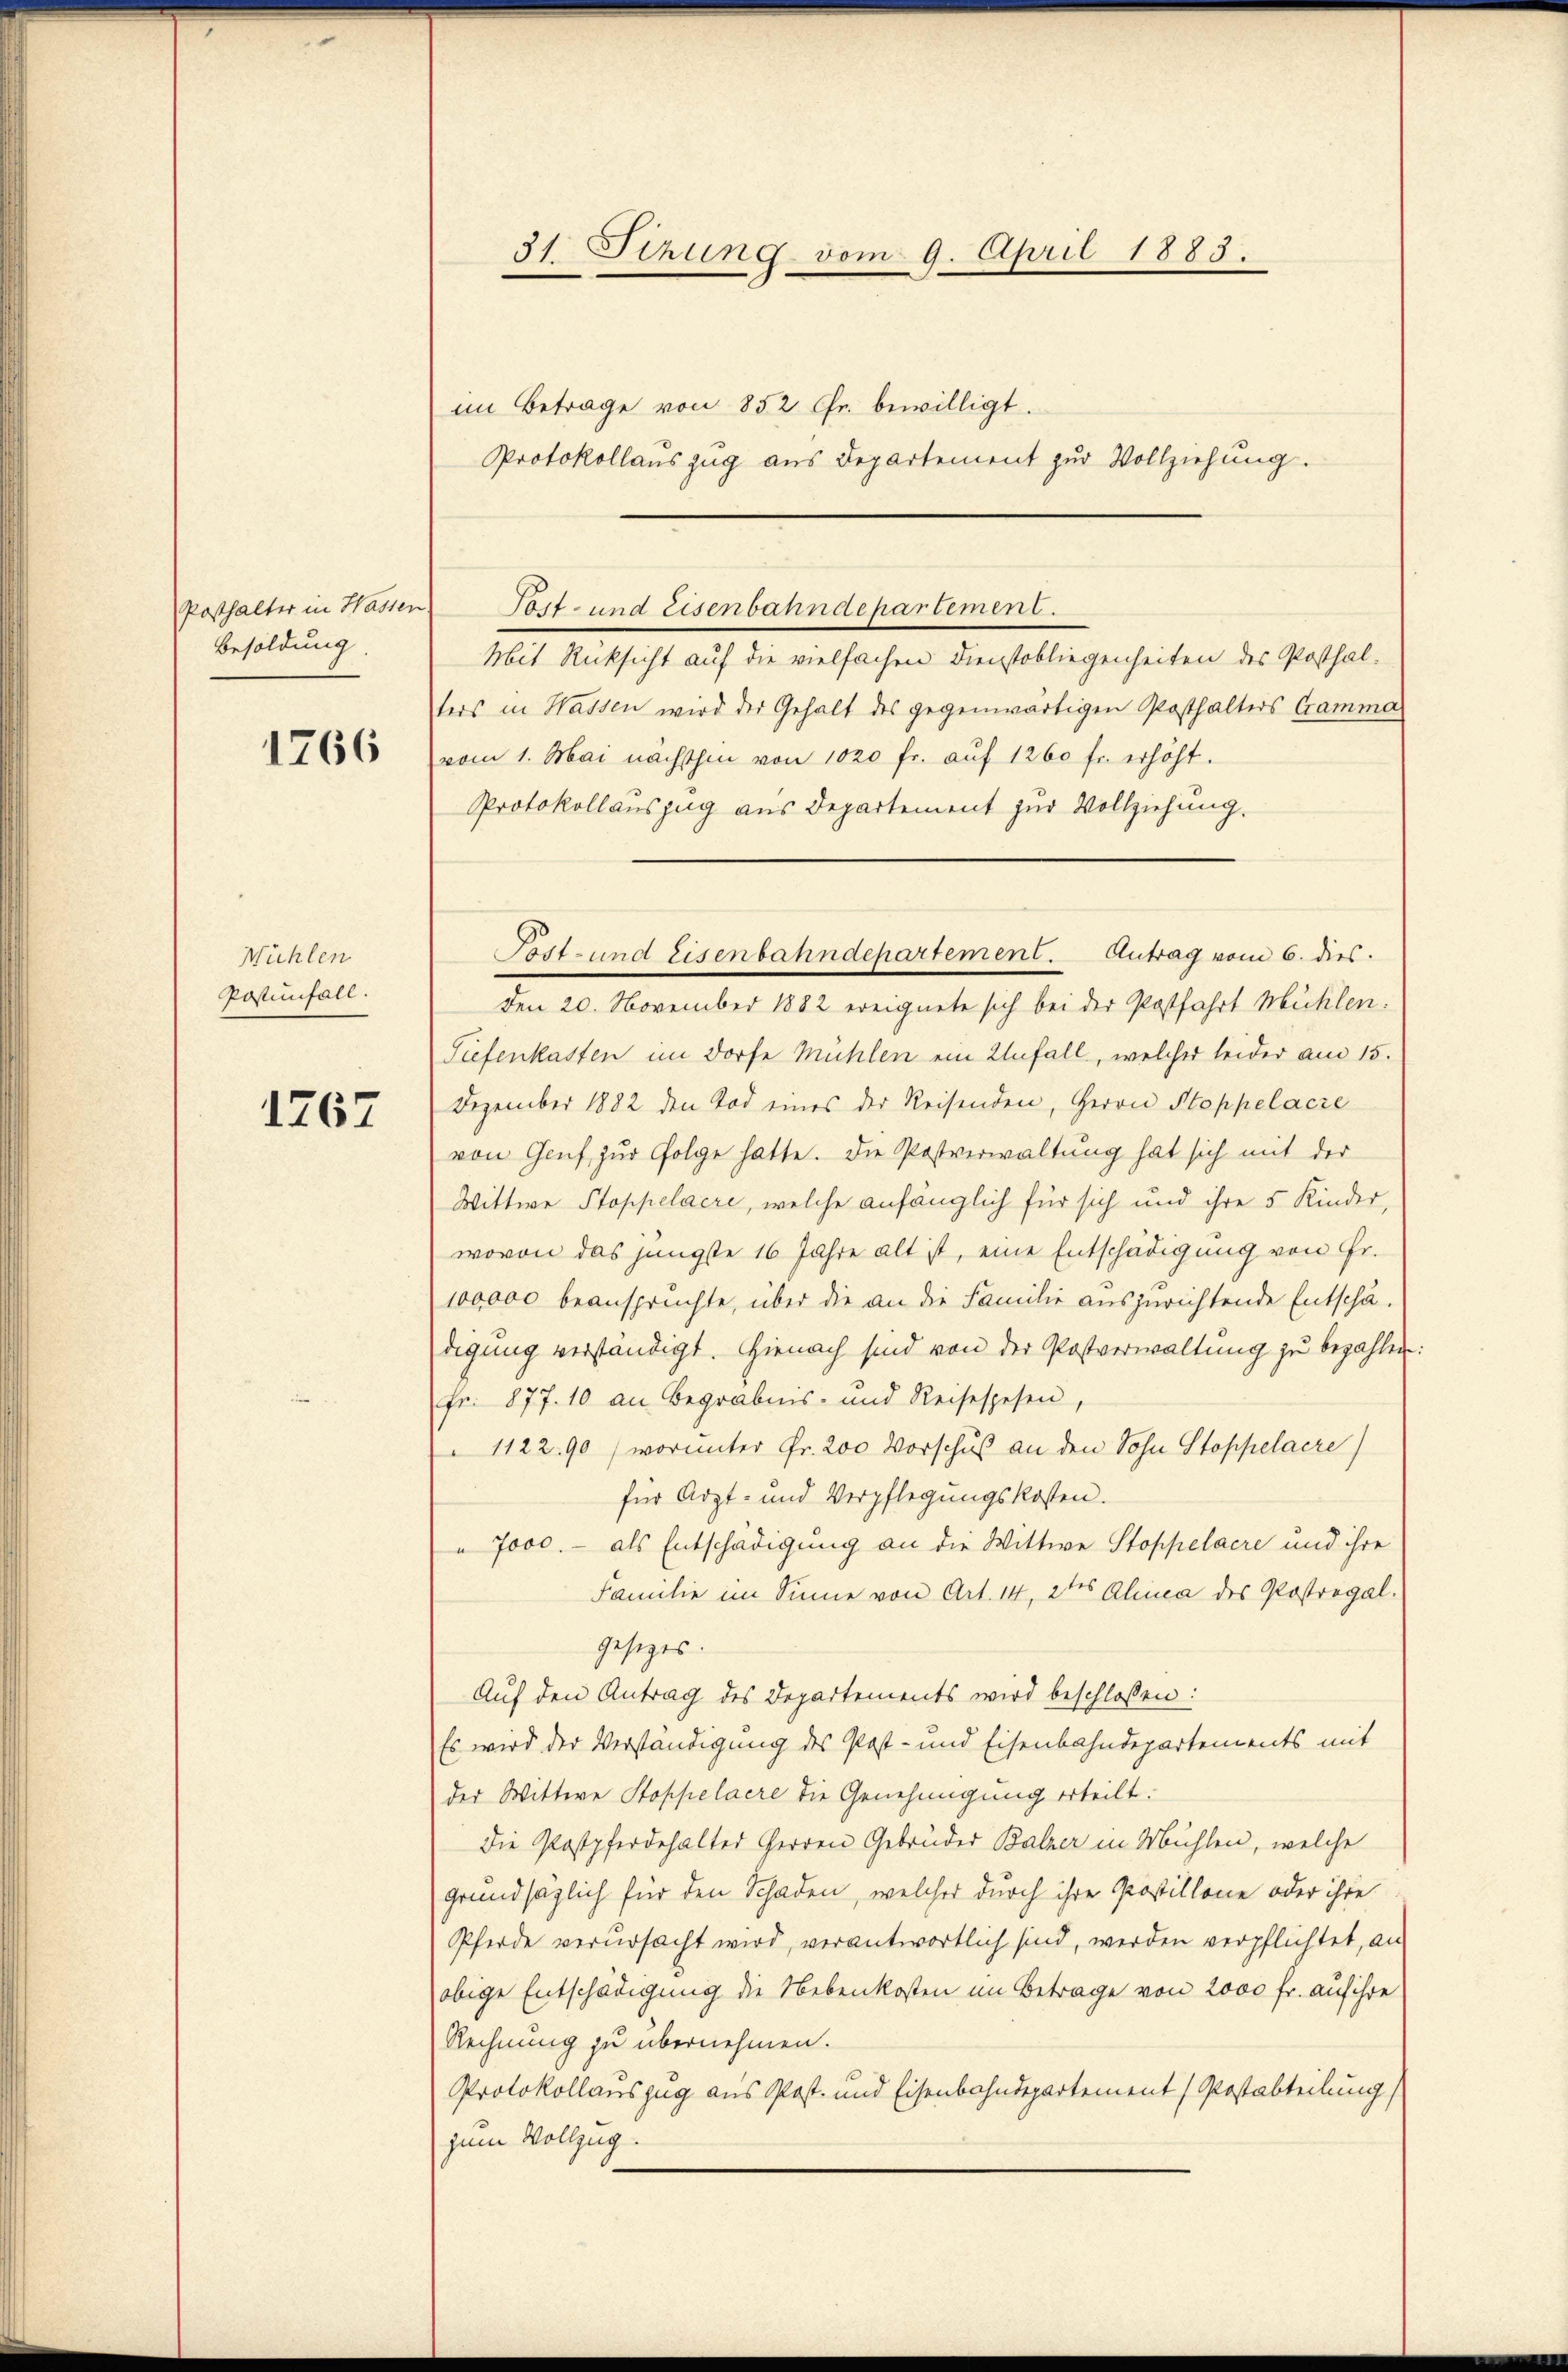
Besoldung.

1766

Mühlen
Postenfall.

1767

31. Sitzung vom 9. April 1883.
im Betrage von 852 Chr. bewilligt.
Protokollauszug aus Departement zur Vollziehung.

ters in Wassen wird der Gehalt des gegenwärtigen Posthalters Gramma
vom 1. Mai nächsthin von 1020 fr. aŭf 1260 fr. erhöht.
Protokollauszug aus Departement zur Vollziehung.
den 20. November 1882 ereignete sich bei der Postfahrt Mühlen:
Tiefenkasten im Dorfe Mühlen ein Zufall, welcher leider am 15.
Dezember 1882 den Tod eines der Reisenden, Herrn Stoppelacre
von Genf zur Folge hatte. Die Postverwaltung hat sich mit der
Wittwe Stoppelacre, welche anfänglich für sich und ihre 5 Kinder,
wovon das jüngste 16 Jahre alt ist, eine Entschädigung von Fr.
100,000 beanspruchte, über die an die Familie auszurichtende Entschädigung verständigt. Hienach sind von der Postverwaltung zu bezahlen
Fr. 877. 10 an Begräbnis- und Reisespesen,
1122. 90 (worunter Fr. 200 Vorschuß an den Sohn Stoppelacre)
für Arzt- und Verpflegungskosten.
 7000.- als Entschädigung an die Wittwe Stoppelaere und ihre
Familie im Sinne von Art. 14, 2tes Alina des Postregal.
gesezes.
Auf den Antrag des Departements wird beschlossen:
Es wird der Verständigung des Post- und Eisenbahndepartements mit
der Wittwe Stoppelaere die Genehmigung erteilt.
Die Postpferdehalter Herren Gebrüder Balzer in Mühlen, welche
grundsäglich für den Schaden, welcher durch ihre Prostillone oder ihre
Pferde verursacht wird, verantwortlich sind, werden verpflichtet, an
obige Entschädigung die Nebenkosten im Betrage von 2000 fr. auf ihre
Rechnung zu übernehmen.
Protokollauszug aus Post- und Eisenbahndepartement (Postabteilung)
zum Vollzug.

Posthalter in Hassen Tott- und Eisenbahndepartement.
Mit Rücksicht auf die vielfachen Dienstobliegenheiten des Posthal¬

Fost- und Eisenbahndepartement. Antrag vom 6. dies